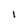
Character: l